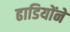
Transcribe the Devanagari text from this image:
ढाडियोंने